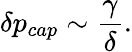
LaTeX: \delta{p}_{cap}\sim\frac{\gamma}{\delta}.